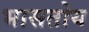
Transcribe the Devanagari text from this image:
भासतोय